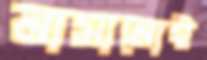
নামানোই